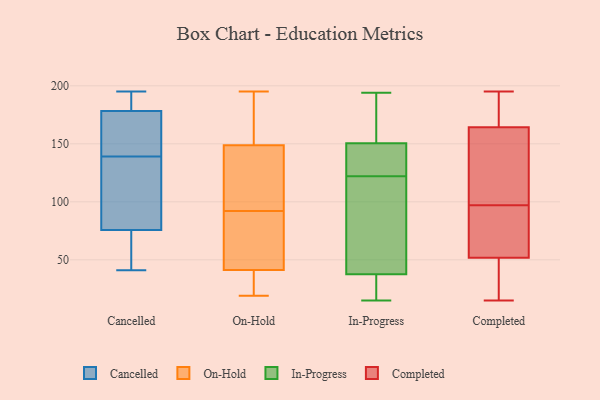
{"axis": {"x": "Demand Index", "y": "Value"}, "legend": ["Cancelled", "Completed", "In-Progress", "On-Hold"], "data": [{"x": "", "y": 195, "type": "Cancelled"}, {"x": "", "y": 182, "type": "Cancelled"}, {"x": "", "y": 178, "type": "Cancelled"}, {"x": "", "y": 96, "type": "Cancelled"}, {"x": "", "y": 179, "type": "Cancelled"}, {"x": "", "y": 175, "type": "Cancelled"}, {"x": "", "y": 139, "type": "Cancelled"}, {"x": "", "y": 60, "type": "Cancelled"}, {"x": "", "y": 75, "type": "Cancelled"}, {"x": "", "y": 192, "type": "Cancelled"}, {"x": "", "y": 166, "type": "Cancelled"}, {"x": "", "y": 120, "type": "Cancelled"}, {"x": "", "y": 41, "type": "Cancelled"}, {"x": "", "y": 76, "type": "Cancelled"}, {"x": "", "y": 167, "type": "Cancelled"}, {"x": "", "y": 100, "type": "Cancelled"}, {"x": "", "y": 43, "type": "Cancelled"}, {"x": "", "y": 37, "type": "On-Hold"}, {"x": "", "y": 127, "type": "On-Hold"}, {"x": "", "y": 151, "type": "On-Hold"}, {"x": "", "y": 19, "type": "On-Hold"}, {"x": "", "y": 195, "type": "On-Hold"}, {"x": "", "y": 27, "type": "On-Hold"}, {"x": "", "y": 84, "type": "On-Hold"}, {"x": "", "y": 180, "type": "On-Hold"}, {"x": "", "y": 54, "type": "On-Hold"}, {"x": "", "y": 142, "type": "On-Hold"}, {"x": "", "y": 92, "type": "On-Hold"}, {"x": "", "y": 36, "type": "In-Progress"}, {"x": "", "y": 194, "type": "In-Progress"}, {"x": "", "y": 15, "type": "In-Progress"}, {"x": "", "y": 18, "type": "In-Progress"}, {"x": "", "y": 148, "type": "In-Progress"}, {"x": "", "y": 158, "type": "In-Progress"}, {"x": "", "y": 185, "type": "In-Progress"}, {"x": "", "y": 122, "type": "In-Progress"}, {"x": "", "y": 169, "type": "In-Progress"}, {"x": "", "y": 42, "type": "In-Progress"}, {"x": "", "y": 61, "type": "In-Progress"}, {"x": "", "y": 132, "type": "In-Progress"}, {"x": "", "y": 38, "type": "In-Progress"}, {"x": "", "y": 32, "type": "In-Progress"}, {"x": "", "y": 124, "type": "In-Progress"}, {"x": "", "y": 80, "type": "In-Progress"}, {"x": "", "y": 140, "type": "In-Progress"}, {"x": "", "y": 135, "type": "Completed"}, {"x": "", "y": 49, "type": "Completed"}, {"x": "", "y": 174, "type": "Completed"}, {"x": "", "y": 60, "type": "Completed"}, {"x": "", "y": 44, "type": "Completed"}, {"x": "", "y": 15, "type": "Completed"}, {"x": "", "y": 17, "type": "Completed"}, {"x": "", "y": 189, "type": "Completed"}, {"x": "", "y": 131, "type": "Completed"}, {"x": "", "y": 80, "type": "Completed"}, {"x": "", "y": 87, "type": "Completed"}, {"x": "", "y": 106, "type": "Completed"}, {"x": "", "y": 195, "type": "Completed"}, {"x": "", "y": 175, "type": "Completed"}, {"x": "", "y": 97, "type": "Completed"}]}